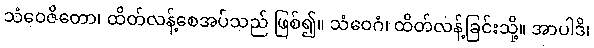
သံဝေဇိတော၊ ထိတ်လန့်စေအပ်သည် ဖြစ်၍။ သံဝေဂံ၊ ထိတ်လန့်ခြင်းသို့။ အာပါဒိ၊